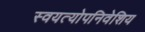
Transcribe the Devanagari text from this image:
स्वयत्योपनिवेशिय